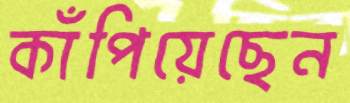
কাঁপিয়েছেন